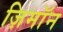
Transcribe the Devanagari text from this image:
ज़िमाॅन